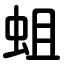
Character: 蛆